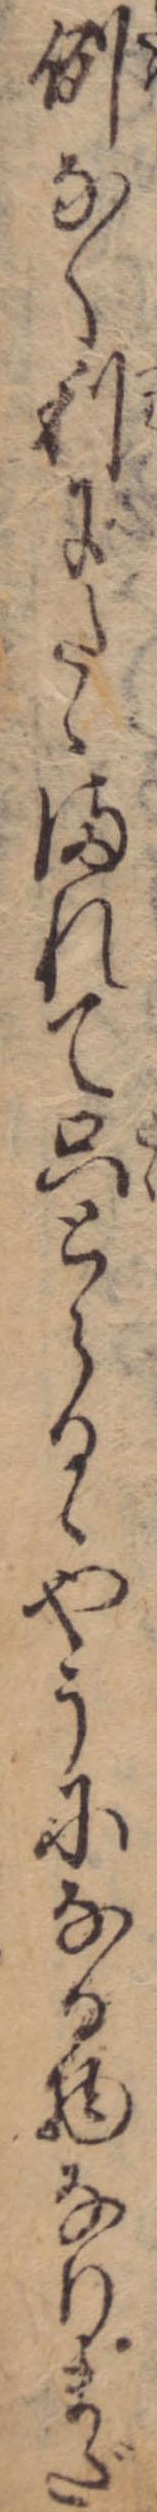
例なく利にたゝまれて只とらるゝやうになる物なりまだ